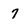
Character: 7